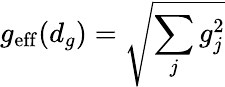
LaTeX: g_{\mathrm{eff}}(d_{g})=\sqrt{\sum_{j}g_{j}^{2}}